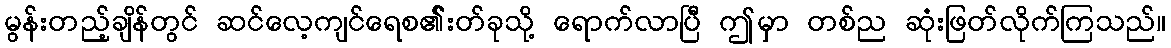
မွန်းတည့်ချိန်တွင် ဆင်လေ့ကျင်ရေစ၏်းတ်ခုသို့ ရောက်လာပြီ ဤမှာ တစ်ည ဆုံးဖြတ်လိုက်ကြသည်။